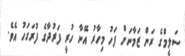
ސަލީމްގެ ރަން ޒަމާނަށް ފަހު މިހާރު އޭނާ ހުރީ ފަރުދާގެ ފުރަގަހު އެވެ.